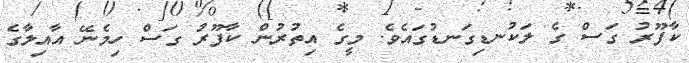
ކާފޫރު ގަސް ގެ ލަކުނޑިގަނޑުގައެވެ. މީގެ އިތުރުން ކާފޫރު ގަސް ހިމެނޭ އާއިލާގެ